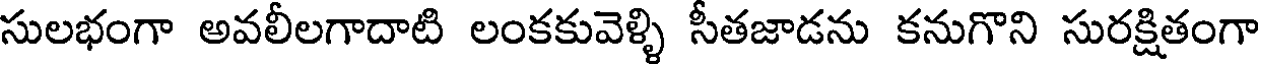
సులభంగా అవలీలగాదాటి లంకకువెళ్ళి సీతజాడను కనుగొని సురక్షితంగా